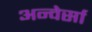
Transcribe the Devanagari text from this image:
अन्वेर्सा